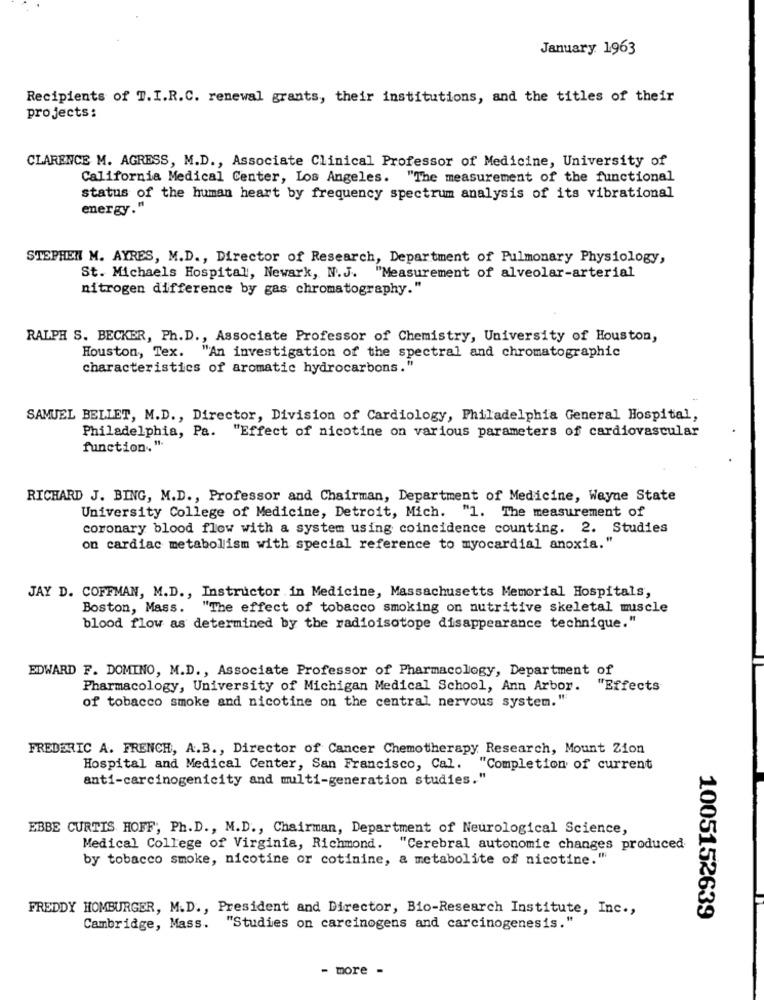
January 1963
Recipients of T.I.R.C. renewal grants, their institutions, and the titles of their
projects:
CLARENCE M. AGRESS, M.D ., Associate Clinical Professor of Medicine, University of
California Medical Center, Los Angeles. "The measurement of the functional
status of the human heart by frequency spectrum analysis of its vibrational
energy."
STEPHEN M. AYRES, M.D ., Director of Research, Department of Pulmonary Physiology,
St. Michaels Hospital, Newark, N.J. "Measurement of alveolar-arterial
nitrogen difference by gas chromatography."
RALPH S. BECKER, Ph.D ., Associate Professor of Chemistry, University of Houston,
Houston, Tex. "An investigation of the spectral and chromatographic
characteristics of aromatic hydrocarbons."
SAMUEL BELLET, M.D ., Director, Division of Cardiology, Philadelphia General Hospital,
Philadelphia, Pa. "Effect of nicotine on various parameters of cardiovascular
function, "
RICHARD J. BING, M.D ., Professor and Chairman, Department of Medicine, Wayne State
University College of Medicine, Detroit, Mich. "1. The measurement of
coronary blood flow with a system using coincidence counting. 2. Studies
on cardiac metabolism with special reference to myocardial anoxia."
JAY D. COFFMAN, M.D ., Instructor in Medicine, Massachusetts Memorial Hospitals,
Boston, Mass. "The effect of tobacco smoking on nutritive skeletal muscle
blood flow as determined by the radioisotope disappearance technique."
EDWARD F. DOMINO, M.D ., Associate Professor of Pharmacology, Department of
Pharmacology, University of Michigan Medical School, Ann Arbor. "Effects
of tobacco smoke and nicotine on the central nervous system."
FREDERIC A. FRENCH, A.B ., Director of Cancer Chemotherapy Research, Mount Zion
Hospital and Medical Center, San Francisco, Cal. "Completion of current
anti-carcinogenicity and multi-generation studies."
EBBE CURTIS HOFF, Ph.D ., M.D ., Chairman, Department of Neurological Science,
Medical College of Virginia, Richmond. "Cerebral autonomic changes produced
by tobacco smoke, nicotine or cotinine, a metabolite of nicotine."
FREDDY HOMBURGER, M.D ., President and Director, Bio-Research Institute, Inc .,
1005152639
Cambridge, Mass.
"Studies on carcinogens and carcinogenesis."
- more -